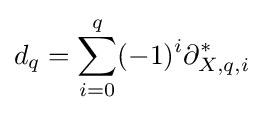
d_{q}=\sum _{i=0}^{q}(-1)^{i}\partial _{X,q,i}^{*}